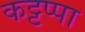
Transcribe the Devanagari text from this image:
कट्टप्पा